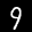
Label: 9